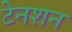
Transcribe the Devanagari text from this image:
टेनशन